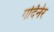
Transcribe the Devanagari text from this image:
गर्दिनेर